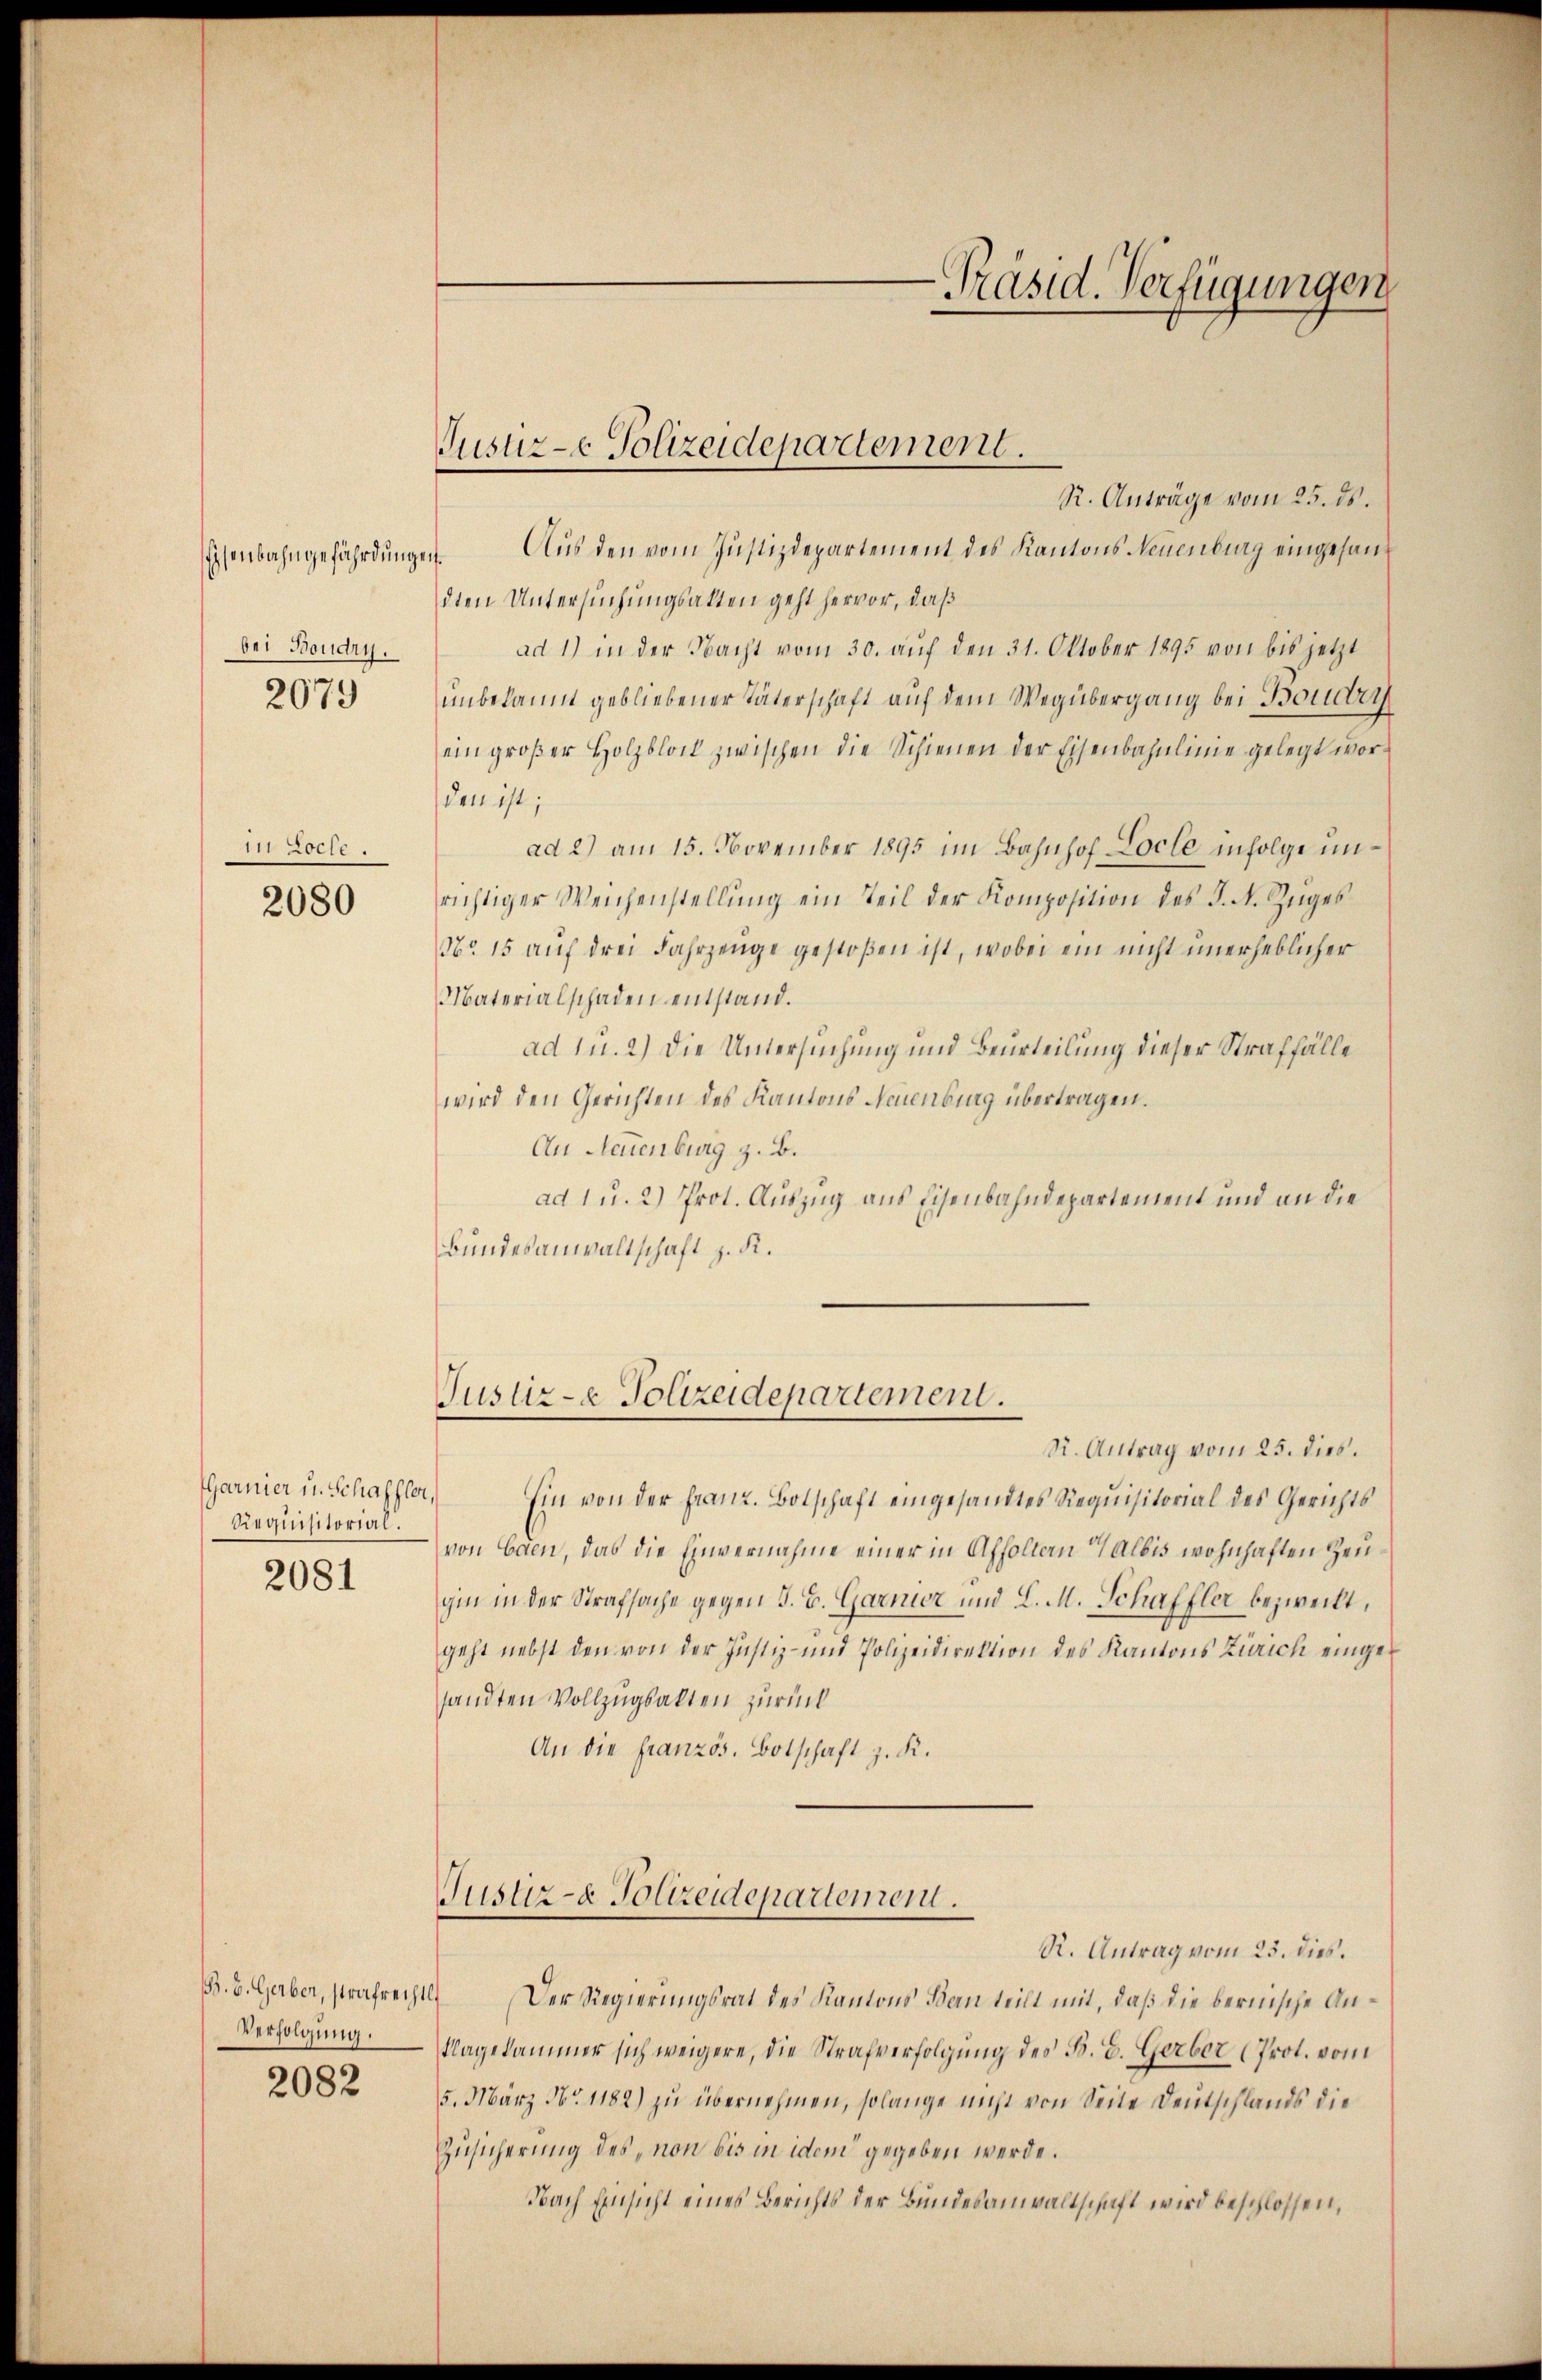
bei Boudry.

2079

1t Loche

2080

Garnier u. Schaffter
Requisitorial.
2081

/B. B. Gerber, strafrech
Verfolgung.

2082

Justiz-e Polizeidepartement.

R. Anträge vom 25. ds.
senbahngefährdungen Aus den vom Justizdepartement des Kantons Neuenburg eingesandten Untersuchungsakten geht hervor, daß
ad 1) in der Nacht vom 30. aŭf den 31. Oktober 1895 von bis jetzt
unbelaum gebliebener späterschaft auf dem Wegübergang bei Boudry
ein großer Holzblock zwischen die Schienen der Eisenbahnlinie gelegt worden ist;
ad 2) am 15. November 1895 im Bahnhof Loche infolge unrichtiger Weichenstellung ein Teil der Komposition des J. N. Zuges
No. 15 auf drei Fahrzeuge gestoßen ist, wobei ein nicht unerheblicher
Materialschaden entstand.
ad 1. 2) Die Untersuchung und Beurteilung dieser Straffälle
wird den Gerichten des Kantons Neuenburg übertragen.
An Neuenburg z. B.
ad 1 u. 2) Prot. Auszug aus Eisenbahndepartement und an die
Bundesanwaltschaft z. K.

Justiz- & Polizeidepartement.

N. Antrag vom 25. dies.
. Ein von der Franz. Botschaft eingesandtes Requisitorial des Gerichts
von Caen, das die Einvernahme einer in Affolten Albis wohnhaften Zeugin in der Strafsache gegen S. B. Garnier und L. M. Schaffler bezweckt,
geht nebst den von der Justiz- und Polizeidirektion des Kantons Zürich eingesandten Vollzugsakten zurück
An die französ. Botschaft z. K.
Justiz- & Polizeidepartemen.
R. Antrag vom 23. dies.
1) Der Regierungsrat des Kantons Banteilt mit, daß die bernische Antlagekammer sich weigere, die Strafverfolgung des B. E. Gerber (Prot. vom
5. März No. 1182) zu übernehmen, solange nicht von Seite Deutschlands die
Zusicherung des „non bis in idem gegeben werde.
Nach Einsicht eines Berichts der Bundesanwaltschaft wird beschlossen,

Präsid. Verfügungen